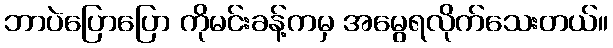
ဘာပဲပြောပြော ကိုမင်းခန့်ကမှ အမွေရလိုက်သေးတယ်။